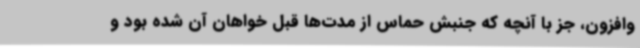
وافزون، جز با آنچه که جنبش حماس از مدت‌ها قبل خواهان آن شده بود و